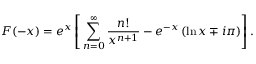
F ( - x ) = e ^ { x } \left[ \, \sum _ { n = 0 } ^ { \infty } \frac { n ! } { x ^ { n + 1 } } - e ^ { - x } \left( \ln x \mp i \pi \right) \right] .